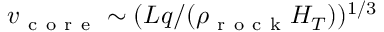
v _ { \mathrm { ~ c ~ o ~ r ~ e ~ } } \sim ( L q / ( \rho _ { \mathrm { ~ r ~ o ~ c ~ k ~ } } H _ { T } ) ) ^ { 1 / 3 }